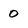
Character: 0